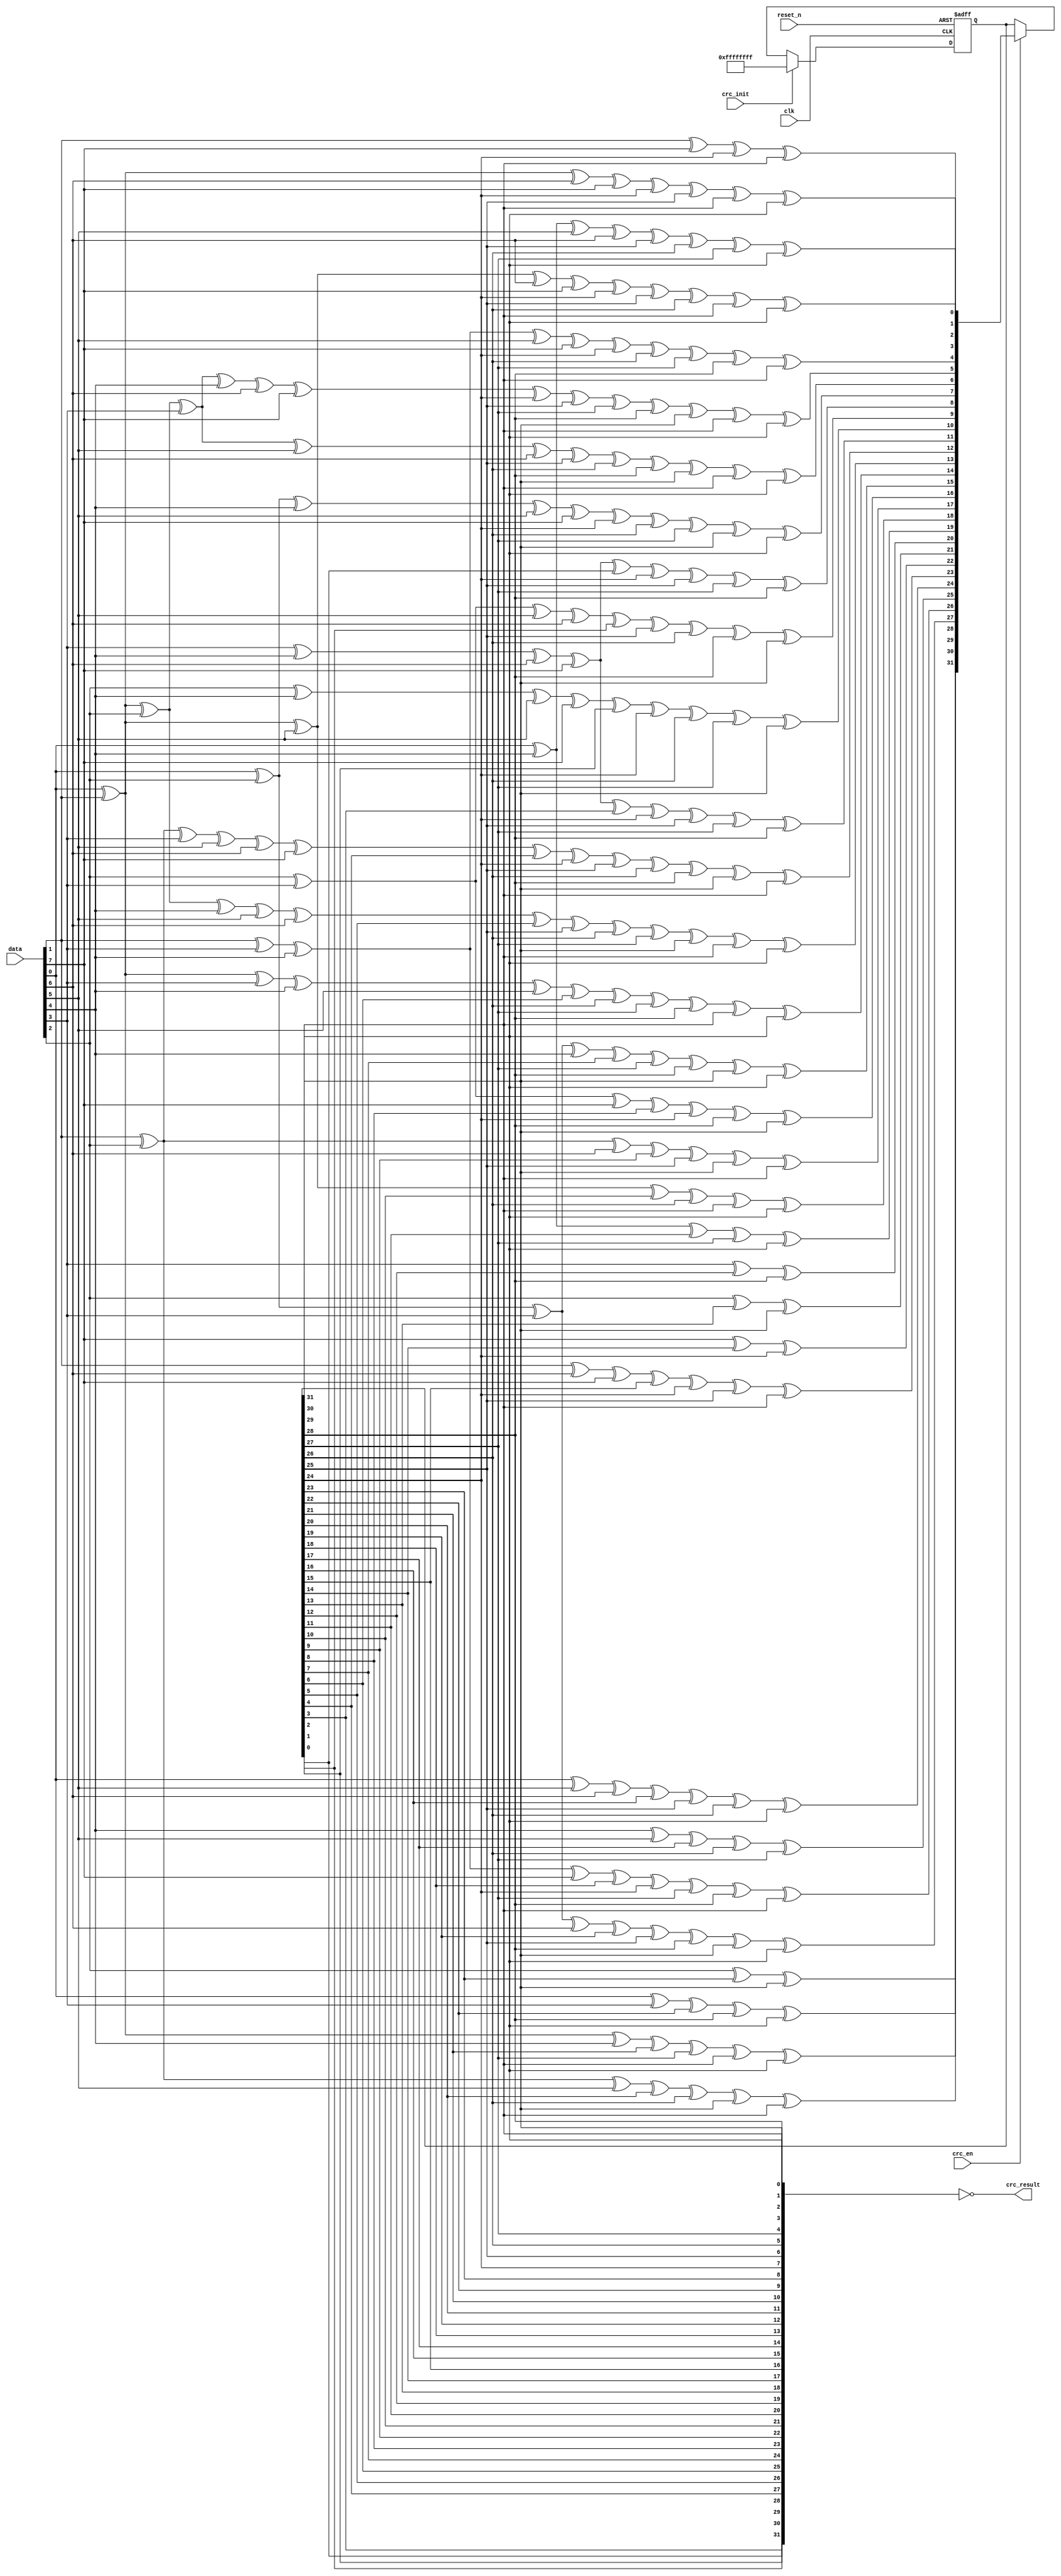
////////////////////////////////////////////////////////////////////////////////
// Copyright (C) 1999-2008 Easics NV.
// This source file may be used and distributed without restriction
// provided that this copyright statement is not removed from the file
// and that any derivative work contains the original copyright notice
// and the associated disclaimer.
//
// THIS SOURCE FILE IS PROVIDED "AS IS" AND WITHOUT ANY EXPRESS
// OR IMPLIED WARRANTIES, INCLUDING, WITHOUT LIMITATION, THE IMPLIED
// WARRANTIES OF MERCHANTIBILITY AND FITNESS FOR A PARTICULAR PURPOSE.
//
// Purpose : synthesizable CRC function
//   * polynomial: x^32 + x^26 + x^23 + x^22 + x^16 + x^12 + x^11 + x^10 + x^8 + x^7 + x^5 + x^4 + x^2 + x^1 + 1
//   * data width: 8
//
// Info : tools@easics.be
//        http://www.easics.com
////////////////////////////////////////////////////////////////////////////////

module crc32_d8(
    input clk,
    input reset_n,
    
    input [7:0]data,
    input crc_init,
    input crc_en,
    output [31:0]crc_result
);

    wire [7:0]data_i;
    reg [31:0]crc_result_o;

    assign data_i = {data[ 0],data[ 1],data[ 2],data[ 3], data[ 4],data[ 5],data[ 6],data[ 7]};

    assign crc_result = ~{crc_result_o[00],crc_result_o[01],crc_result_o[02],crc_result_o[03],crc_result_o[04],crc_result_o[05],crc_result_o[06],crc_result_o[07],
                      crc_result_o[08],crc_result_o[09],crc_result_o[10],crc_result_o[11],crc_result_o[12],crc_result_o[13],crc_result_o[14],crc_result_o[15],
                      crc_result_o[16],crc_result_o[17],crc_result_o[18],crc_result_o[19],crc_result_o[20],crc_result_o[21],crc_result_o[22],crc_result_o[23],
                      crc_result_o[24],crc_result_o[25],crc_result_o[26],crc_result_o[27],crc_result_o[28],crc_result_o[29],crc_result_o[30],crc_result_o[31]};

    always @(posedge clk or negedge reset_n)
    begin
      if(!reset_n)
        crc_result_o <= 32'hffff_ffff;
      else if(crc_init)
        crc_result_o <= 32'hffff_ffff;
      else if(crc_en)
        crc_result_o <= nextCRC32_D8( data_i, crc_result_o);
      else
        crc_result_o <= crc_result_o;
    end

  // polynomial: x^32 + x^26 + x^23 + x^22 + x^16 + x^12 + x^11 + x^10 + x^8 + x^7 + x^5 + x^4 + x^2 + x^1 + 1
  // data width: 8
  // convention: the first serial bit is D[7]
    function [31:0] nextCRC32_D8;
    
      input [7:0] Data;
      input [31:0] crc;
      reg [7:0] d;
      reg [31:0] c;
      reg [31:0] newcrc;
    begin
      d = Data;
      c = crc;
    
      newcrc[0] = d[6] ^ d[0] ^ c[24] ^ c[30];
      newcrc[1] = d[7] ^ d[6] ^ d[1] ^ d[0] ^ c[24] ^ c[25] ^ c[30] ^ c[31];
      newcrc[2] = d[7] ^ d[6] ^ d[2] ^ d[1] ^ d[0] ^ c[24] ^ c[25] ^ c[26] ^ c[30] ^ c[31];
      newcrc[3] = d[7] ^ d[3] ^ d[2] ^ d[1] ^ c[25] ^ c[26] ^ c[27] ^ c[31];
      newcrc[4] = d[6] ^ d[4] ^ d[3] ^ d[2] ^ d[0] ^ c[24] ^ c[26] ^ c[27] ^ c[28] ^ c[30];
      newcrc[5] = d[7] ^ d[6] ^ d[5] ^ d[4] ^ d[3] ^ d[1] ^ d[0] ^ c[24] ^ c[25] ^ c[27] ^ c[28] ^ c[29] ^ c[30] ^ c[31];
      newcrc[6] = d[7] ^ d[6] ^ d[5] ^ d[4] ^ d[2] ^ d[1] ^ c[25] ^ c[26] ^ c[28] ^ c[29] ^ c[30] ^ c[31];
      newcrc[7] = d[7] ^ d[5] ^ d[3] ^ d[2] ^ d[0] ^ c[24] ^ c[26] ^ c[27] ^ c[29] ^ c[31];
      newcrc[8] = d[4] ^ d[3] ^ d[1] ^ d[0] ^ c[0] ^ c[24] ^ c[25] ^ c[27] ^ c[28];
      newcrc[9] = d[5] ^ d[4] ^ d[2] ^ d[1] ^ c[1] ^ c[25] ^ c[26] ^ c[28] ^ c[29];
      newcrc[10] = d[5] ^ d[3] ^ d[2] ^ d[0] ^ c[2] ^ c[24] ^ c[26] ^ c[27] ^ c[29];
      newcrc[11] = d[4] ^ d[3] ^ d[1] ^ d[0] ^ c[3] ^ c[24] ^ c[25] ^ c[27] ^ c[28];
      newcrc[12] = d[6] ^ d[5] ^ d[4] ^ d[2] ^ d[1] ^ d[0] ^ c[4] ^ c[24] ^ c[25] ^ c[26] ^ c[28] ^ c[29] ^ c[30];
      newcrc[13] = d[7] ^ d[6] ^ d[5] ^ d[3] ^ d[2] ^ d[1] ^ c[5] ^ c[25] ^ c[26] ^ c[27] ^ c[29] ^ c[30] ^ c[31];
      newcrc[14] = d[7] ^ d[6] ^ d[4] ^ d[3] ^ d[2] ^ c[6] ^ c[26] ^ c[27] ^ c[28] ^ c[30] ^ c[31];
      newcrc[15] = d[7] ^ d[5] ^ d[4] ^ d[3] ^ c[7] ^ c[27] ^ c[28] ^ c[29] ^ c[31];
      newcrc[16] = d[5] ^ d[4] ^ d[0] ^ c[8] ^ c[24] ^ c[28] ^ c[29];
      newcrc[17] = d[6] ^ d[5] ^ d[1] ^ c[9] ^ c[25] ^ c[29] ^ c[30];
      newcrc[18] = d[7] ^ d[6] ^ d[2] ^ c[10] ^ c[26] ^ c[30] ^ c[31];
      newcrc[19] = d[7] ^ d[3] ^ c[11] ^ c[27] ^ c[31];
      newcrc[20] = d[4] ^ c[12] ^ c[28];
      newcrc[21] = d[5] ^ c[13] ^ c[29];
      newcrc[22] = d[0] ^ c[14] ^ c[24];
      newcrc[23] = d[6] ^ d[1] ^ d[0] ^ c[15] ^ c[24] ^ c[25] ^ c[30];
      newcrc[24] = d[7] ^ d[2] ^ d[1] ^ c[16] ^ c[25] ^ c[26] ^ c[31];
      newcrc[25] = d[3] ^ d[2] ^ c[17] ^ c[26] ^ c[27];
      newcrc[26] = d[6] ^ d[4] ^ d[3] ^ d[0] ^ c[18] ^ c[24] ^ c[27] ^ c[28] ^ c[30];
      newcrc[27] = d[7] ^ d[5] ^ d[4] ^ d[1] ^ c[19] ^ c[25] ^ c[28] ^ c[29] ^ c[31];
      newcrc[28] = d[6] ^ d[5] ^ d[2] ^ c[20] ^ c[26] ^ c[29] ^ c[30];
      newcrc[29] = d[7] ^ d[6] ^ d[3] ^ c[21] ^ c[27] ^ c[30] ^ c[31];
      newcrc[30] = d[7] ^ d[4] ^ c[22] ^ c[28] ^ c[31];
      newcrc[31] = d[5] ^ c[23] ^ c[29];
      nextCRC32_D8 = newcrc;
    end
    endfunction

endmodule